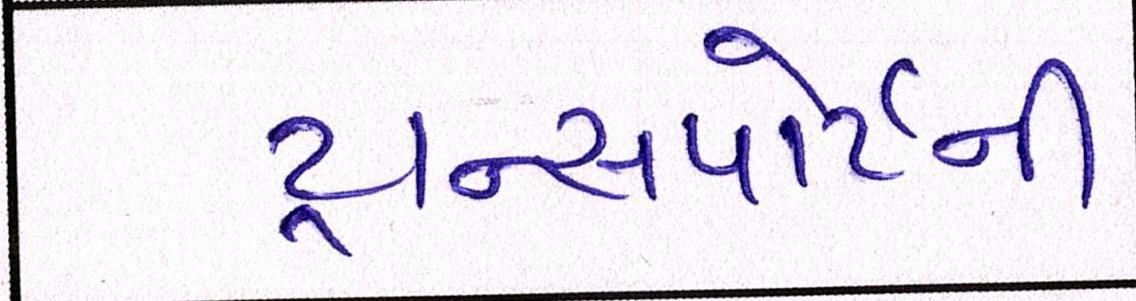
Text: ટ્રાન્સપોર્ટની